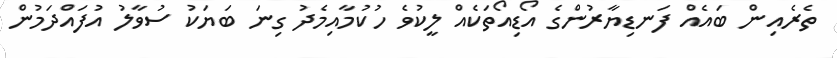
ތެރެއިން ބައެއް ފަނޑިޔާރުންގެ އޯޑިއޯތަކެއް ލީކުވެ ހުކުމާއިމެދު ގިނަ ބަޔަކު ސުވާލު އުފައްދަމުން